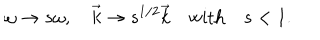
\omega \to s \omega , \quad \vec { k } \to s ^ { 1 / 2 } \vec { k } \quad \mathrm { w i t h } \quad s < 1 .